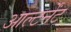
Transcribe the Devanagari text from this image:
आल्टर्नेंट